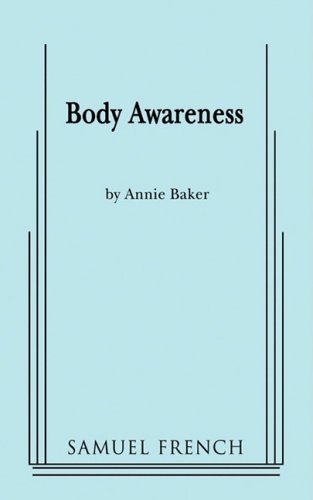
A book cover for Body Awareness; Annie Baker; Literature & Fiction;